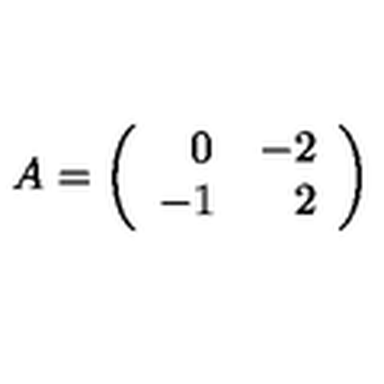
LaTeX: A = \left( \begin{array} { c r c r } { \: \: \: 0 } & { - 2 } \\ { - 1 } & { \: \: 2 } \\ \end{array} \right)